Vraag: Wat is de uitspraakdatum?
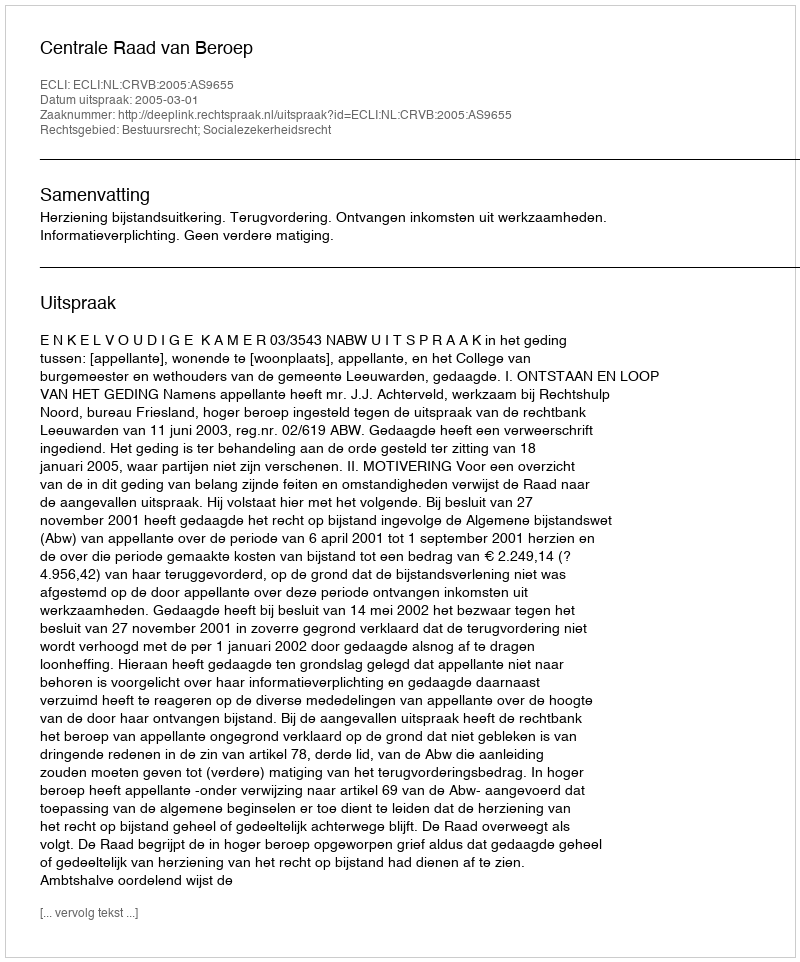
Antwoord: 2005-03-01